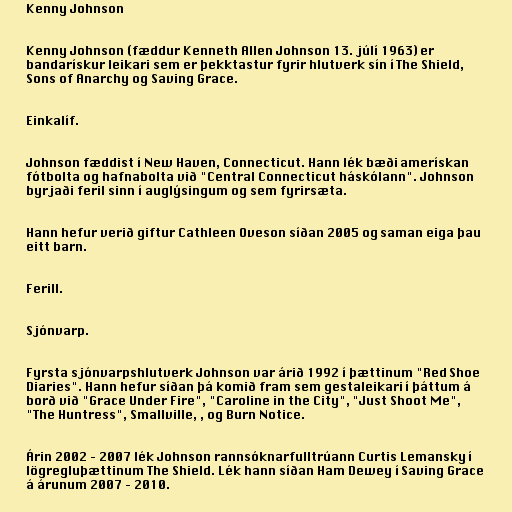
Kenny Johnson

Kenny Johnson (fæddur Kenneth Allen Johnson 13. júlí 1963) er
bandarískur leikari sem er þekktastur fyrir hlutverk sín í The Shield,
Sons of Anarchy og Saving Grace.

Einkalíf.

Johnson fæddist í New Haven, Connecticut. Hann lék bæði amerískan
fótbolta og hafnabolta við "Central Connecticut háskólann". Johnson
byrjaði feril sinn í auglýsingum og sem fyrirsæta.

Hann hefur verið giftur Cathleen Oveson síðan 2005 og saman eiga þau
eitt barn.

Ferill.

Sjónvarp.

Fyrsta sjónvarpshlutverk Johnson var árið 1992 í þættinum "Red Shoe
Diaries". Hann hefur síðan þá komið fram sem gestaleikari í þáttum á
borð við "Grace Under Fire", "Caroline in the City", "Just Shoot Me",
"The Huntress", Smallville, , og Burn Notice.

Árin 2002 – 2007 lék Johnson rannsóknarfulltrúann Curtis Lemansky í
lögregluþættinum The Shield. Lék hann síðan Ham Dewey í Saving Grace
á árunum 2007 – 2010.